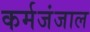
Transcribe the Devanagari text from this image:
कर्मजंजाल